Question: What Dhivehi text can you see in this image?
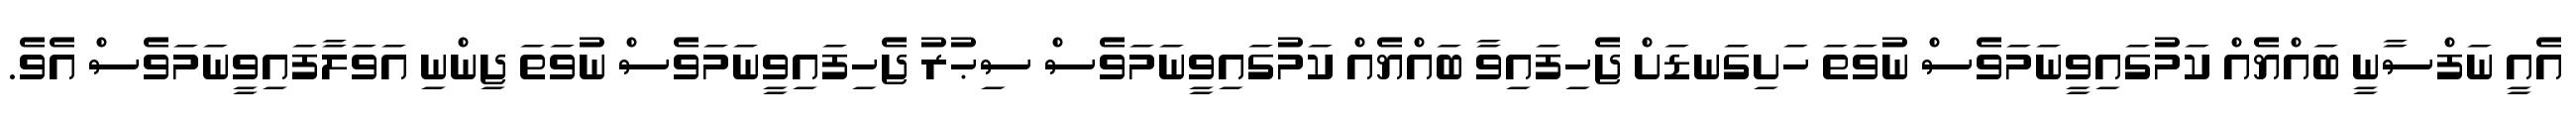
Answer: އެއީ ނަފްސާނީ ބައްޔެއް ކަމުގައިވީނަމަވެސް ނުވަތަ ހަށިގަނޑަށް ޖެހިފައިވާ ބައްޔެއް ކަމުގައިވީނަމަވެސް ސިޙުރު ޖެހިފައިވީނަމަވެސް ނުވަތަ ޖިންނި އަވަލާފައިވީނަމަވެސް އެވެ.